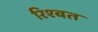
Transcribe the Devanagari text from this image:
रिश्बत